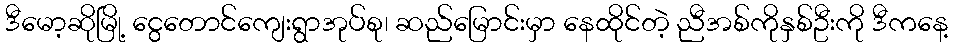
ဒီမော့ဆိုမြို့ ငွေတောင်ကျေးရွာအုပ်စု၊ ဆည်မြောင်းမှာ နေထိုင်တဲ့ ညီအစ်ကိုနှစ်ဦးကို ဒီကနေ့